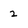
Character: 2